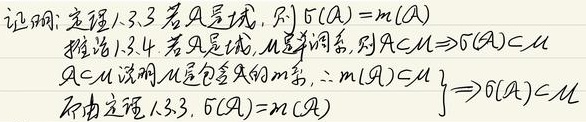
证明：定理1.3.3 若$\mathcal{A}$是域，则$\sigma(\mathcal{A}) = m(\mathcal{A})$
推论1.3.4. 若$\mathcal{A}$是域，$\mathcal{M}$是单调系，则$\mathcal{A}\subset\mathcal{M}\Rightarrow\sigma(\mathcal{A})\subset\mathcal{M}$
$\left.\begin{array}{l}\mathcal{A}\subset\mathcal{M}说明\mathcal{M}是包含\mathcal{A}的m系,\therefore m(\mathcal{A})\subset\mathcal{M}\\ 再由定理1.3.3,\sigma(\mathcal{A}) = m(\mathcal{A})\end{array}\right\}\Rightarrow\sigma(\mathcal{A})\subset\mathcal{M}$